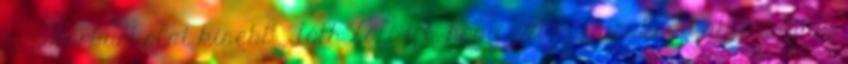
a motorburkolat kisebb. TóthZoli írt, hogy azt mindenképp ábrázoljam